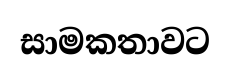
සාමකතාවට